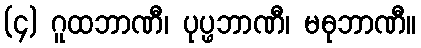
(၄) ဂူထဘာဏီ၊ ပုပ္ဖဘာဏီ၊ မဓုဘာဏီ။